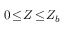
0 \! \le \! Z \! \le \! Z _ { b }